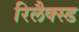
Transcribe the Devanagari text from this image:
रिलैक्स्ड